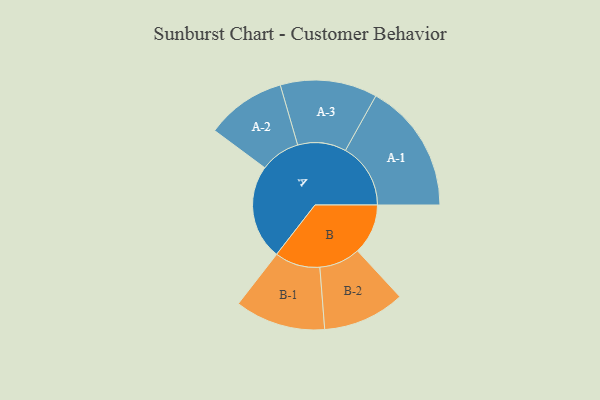
{"axis": {"x": "Segment", "y": "Value"}, "legend": ["", "A", "B"], "data": [{"x": "A", "y": 421, "type": ""}, {"x": "B", "y": 224, "type": ""}, {"x": "A-1", "y": 289, "type": "A"}, {"x": "A-2", "y": 177, "type": "A"}, {"x": "A-3", "y": 215, "type": "A"}, {"x": "B-1", "y": 201, "type": "B"}, {"x": "B-2", "y": 182, "type": "B"}]}